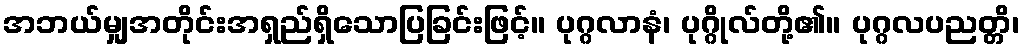
အဘယ်မျှအတိုင်းအရှည်ရှိသောပြခြင်းဖြင့်။ ပုဂ္ဂလာနံ၊ ပုဂ္ဂိုလ်တို့၏။ ပုဂ္ဂလပညတ္တိ၊